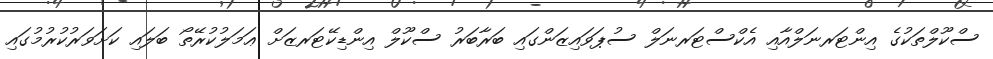
ސްކޫލްތަކުގެ އިންޓަރނަލްއާއި އެކްސްޓަރނަލް ސުޕަވައިޒަންގައި ބަރާބަރު ސްކޫލް އިންޑިކޭޓަރޒަށް ޢަމަލުކުރޭތޯ ބަލައި ކަށަވަރުކުރުމުގައި